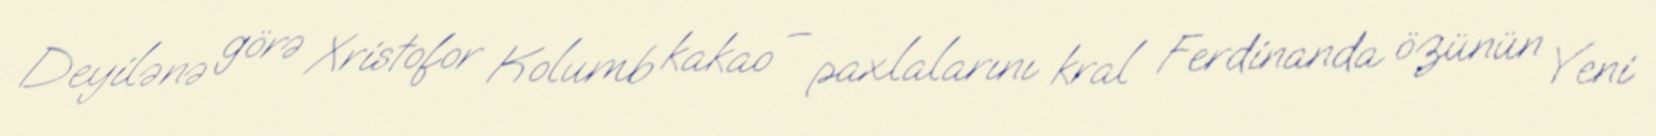
Deyilənə görə Xristofor Kolumb kakao – paxlalarını kral Ferdinanda özünün Yeni